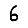
Digit: 6